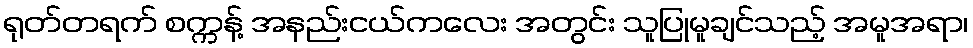
ရုတ်တရက် စက္ကန့် အနည်းငယ်ကလေး အတွင်း သူပြုမူချင်သည့် အမူအရာ၊